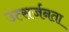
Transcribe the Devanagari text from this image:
उत्सर्जनता